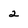
Character: 2